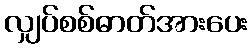
လျှပ်စစ်ဓာတ်အားပေး